Report on the bubonic plague in Bombay, 1896-1897
Year: 1896
Disease focus: Plague
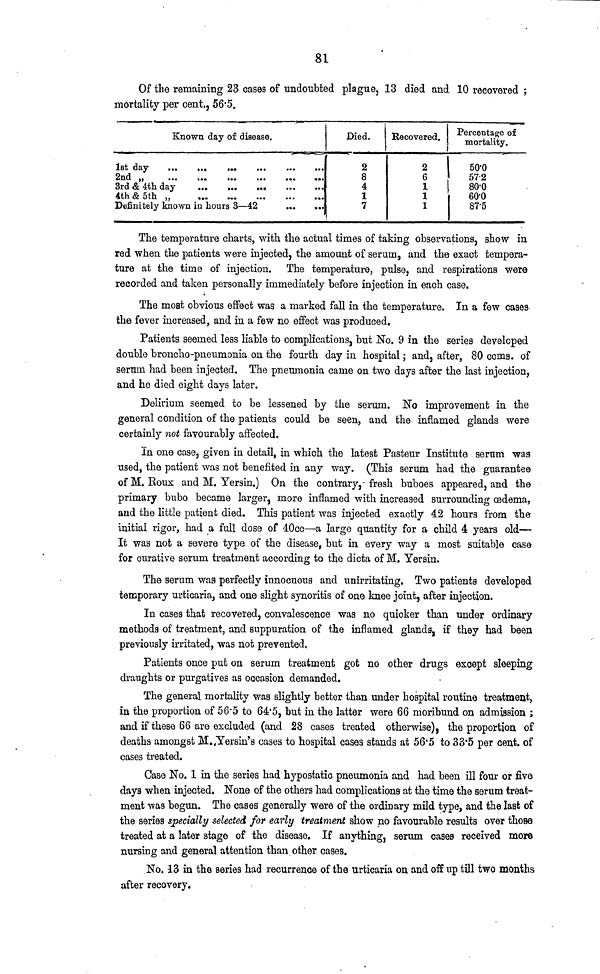
81
Of the remaining 23 cases of undoubted plague, 13 died and 10 recovered ;
mortality per cent., 56.5.
Known day of disease.
1st day
2nd ,
3rd & 4th day
4th & 5th „
Definitely known in hours 3 — 42
...
...
Died.
2
8
4
1
7
Recovered.
6
1
1
1
Percentage of
mortality.
50.0
57.2
80.0
60.0
87.5
The temperature charts, with the actual times of taking observations, show in
red when the patients were injected, the amount of serum, and the exact tempera-
ture at the time of injection. The temperature, pulse, and respirations were
recorded and taken personally immediately before injection in each case.
The most obvious effect was a marked fall in the temperature. In a few cases
the fever increased, and in a few no effect was produced.
Patients seemed less liable to complications, but No. 9 in the series developed
double broncho-pneumonia on the fourth day in hospital ; and, after, 80 ccms, of
serum had been injected. The pneumonia came on two days after the last injection,
and he died eight days later.
Delirium seemed to be lessened by the serum. No improvement in the
general condition of the patients could be seen, and the inflamed glands were
certainly not favourably affected.
In one case, given in detail, in which the latest Pasteur Institute serum was
used, the patient was not benefited in any way. (This serum had the guarantee
of M. Roux and M. Yersin.) On the contrary, fresh buboes appeared, and the
primary bubo became larger, more inflamed with increased surrounding œdema,
and the little patient died. This patient was injected exactly 42 hours from the
initial rigor, had a full dose of 40cc—a large quantity for a child 4 years old—
It was not a severe type of the disease, but in every way a most suitable case
for curative serum treatment according to the dicta of M. Yerain.
The serum was perfectly innocuous and unirritating. Two patienta developed
temporary urticaria, and one slight synoritis of one knee joint, after injection.
In cases that recovered, convalescence was no quicker than under ordinary
methods of treatment, and suppuration of the inflamed glands, if they had been
previously irritated, was not prevented.
Patients once put on serum treatment got no other drugs except sleeping
draughts or purgatives as occasion demanded.
The general mortality was slightly better than under hospital routine treatment,
in the proportion of 56.5 to 64.5, but in the latter were 66 moribund on admission ;
and if these 66 are excluded (and 28 cases treated otherwise), the proportion of
deaths amongst M. Yersin's cases to hospital cases stands at 56.5 to 33.5 per cent. of
cases treated.
Case No. 1 in the series had hypostatic pneumonia and had been ill four or five
days when injected. None of the others had complications at the time the serum treat-
ment was begun. The cases generally were of the ordinary mild type, and the last of
the series specially selected for early treatment show no favourable results over those
treated at a later stage of the disease. If anything, serum cases received more
nursing and general attention than other cases.
No. 13 in the series had recurrence of the urticaria on and off up till two months
after recovery.